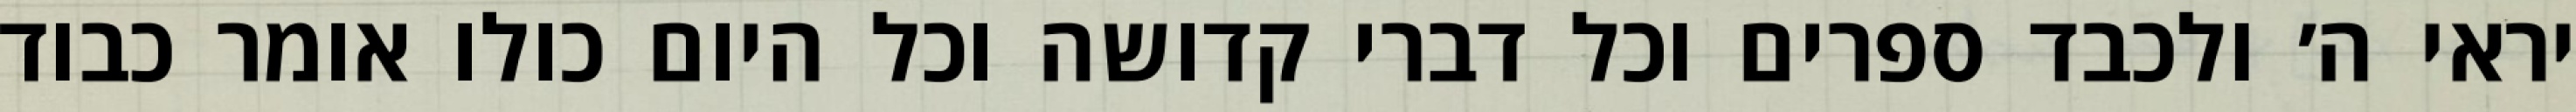
יראי ה׳ ולכבד ספרים וכל דברי קדושה וכל היום כולו אומר כבוד